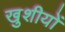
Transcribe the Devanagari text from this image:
खुशीयों